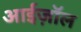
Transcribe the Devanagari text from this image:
आईज़ॉल